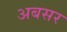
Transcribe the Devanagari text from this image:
अबसर